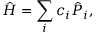
\hat { H } = \sum _ { i } c _ { i } \hat { P } _ { i } ,